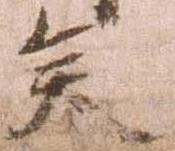
矣